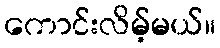
ကောင်းလိမ့်မယ်။